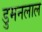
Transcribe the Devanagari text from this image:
डुमनलाल